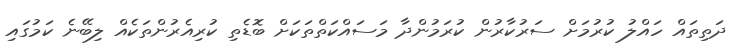
ދަތިތައް ހައްލު ކުރުމަށް ސަރުކާރުން ކުރަމުންދާ މަސައްކަތްތަކަށް ބޮޑެތި ކުރިއެރުންތަކެއް ލިބޭނެ ކަމުގައި